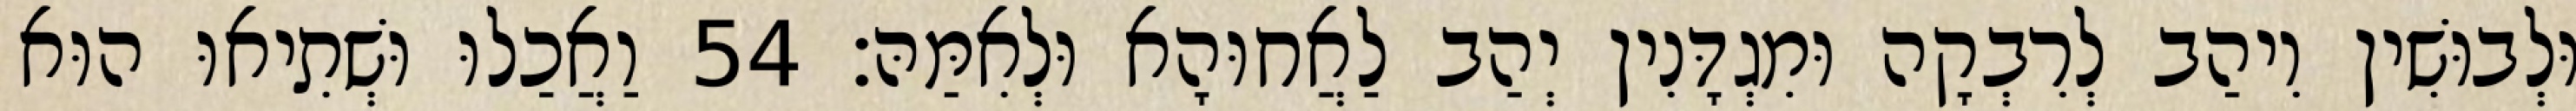
וּלְבוּשִׁין וִיהַב לְרִבְקָה וּמִגְדָּנִין יְהַב לַאֲחוּהָא וּלְאִמַּהּ׃ 54 וַאֲכַלוּ וּשְׁתִיאוּ הוּא